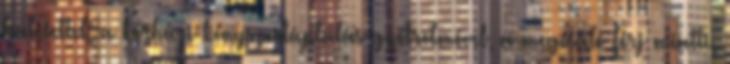
balesettel, a kórházi kényszertáplálás gyötrelmével, a megcsaló férj miatti,